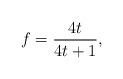
LaTeX: \begin{align*}f=\frac{4t}{4t+1},\end{align*}